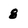
Character: 8